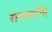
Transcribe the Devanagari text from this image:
रत्नपाणि